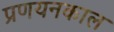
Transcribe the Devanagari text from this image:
प्रणयनकाल